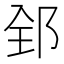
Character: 𨛈